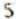
5